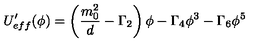
U _ { e f f } ^ { \prime } ( \phi ) = \left( \frac { m _ { 0 } ^ { 2 } } { d } - \Gamma _ { 2 } \right) \phi - \Gamma _ { 4 } \phi ^ { 3 } - \Gamma _ { 6 } \phi ^ { 5 }